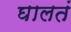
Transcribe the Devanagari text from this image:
घालतं